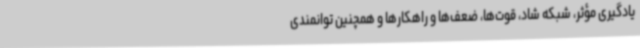
یادگیری مؤثر، شبکه شاد، قوت‌ها، ضعف‌ها و راهکارها و همچنین توانمندی